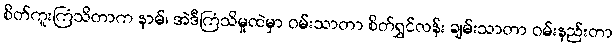
စိတ်ကူးကြံသိတာက နာမ်၊ အဲဒီကြံသိမှုထဲမှာ ဝမ်းသာတာ စိတ်ရွှင်လန်း ချမ်းသာတာ ဝမ်းနည်းတာ